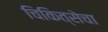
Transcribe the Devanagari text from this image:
चिकित्सेचा